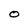
Character: O